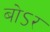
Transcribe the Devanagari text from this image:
बोऽर